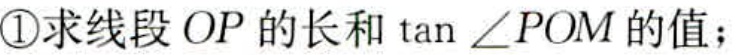
\textcircled{1}求线段 \(OP\) 的长和 \(\tan\angle POM\) 的值；